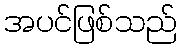
အပင်ဖြစ်သည်